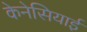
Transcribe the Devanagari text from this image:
केनेसियाई